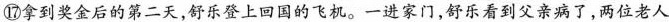
⑩拿到奖金后的第二天，好乐登上回国的飞机。一进家门，舒乐看到父亲病了，两位老人